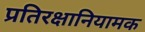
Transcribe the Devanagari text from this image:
प्रतिरक्षानियामक